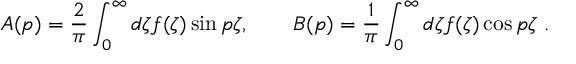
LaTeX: A ( p ) = \frac 2 \pi \int _ { 0 } ^ { \infty } d \zeta f ( \zeta ) \sin p \zeta , \qquad B ( p ) = \frac 1 \pi \int _ { 0 } ^ { \infty } d \zeta f ( \zeta ) \cos p \zeta \ .